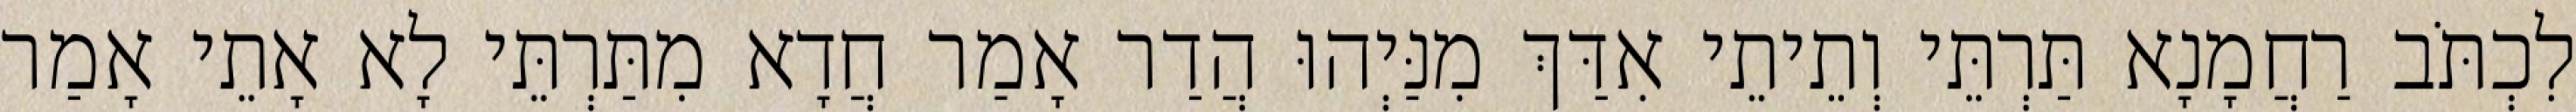
לִכְתֹּב רַחֲמָנָא תַּרְתֵּי וְתֵיתֵי אִדַּךְ מִנַּיְהוּ הֲדַר אָמַר חֲדָא מִתַּרְתֵּי לָא אָתֵי אָמַר